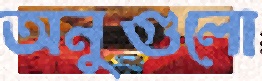
অনুগুলো